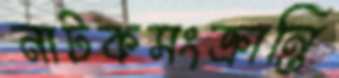
নাটকসংক্রান্তি